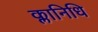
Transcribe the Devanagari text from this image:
क्लानिधि